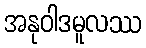
အနုဝါဒမူလဿ